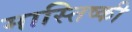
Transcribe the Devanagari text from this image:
मास्तिष्की